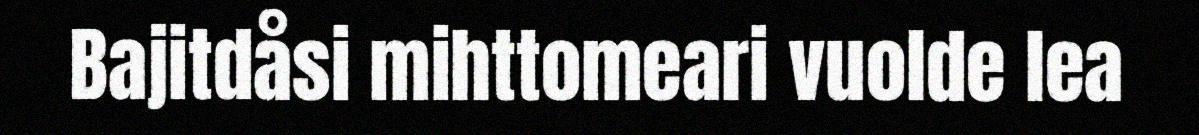
Bajitdåsi mihttomeari vuolde lea